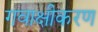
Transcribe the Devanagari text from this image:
गवाक्षीकरण